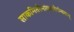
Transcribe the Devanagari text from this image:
साकमितरैर्नाकप्रदैर्गम्यताम्